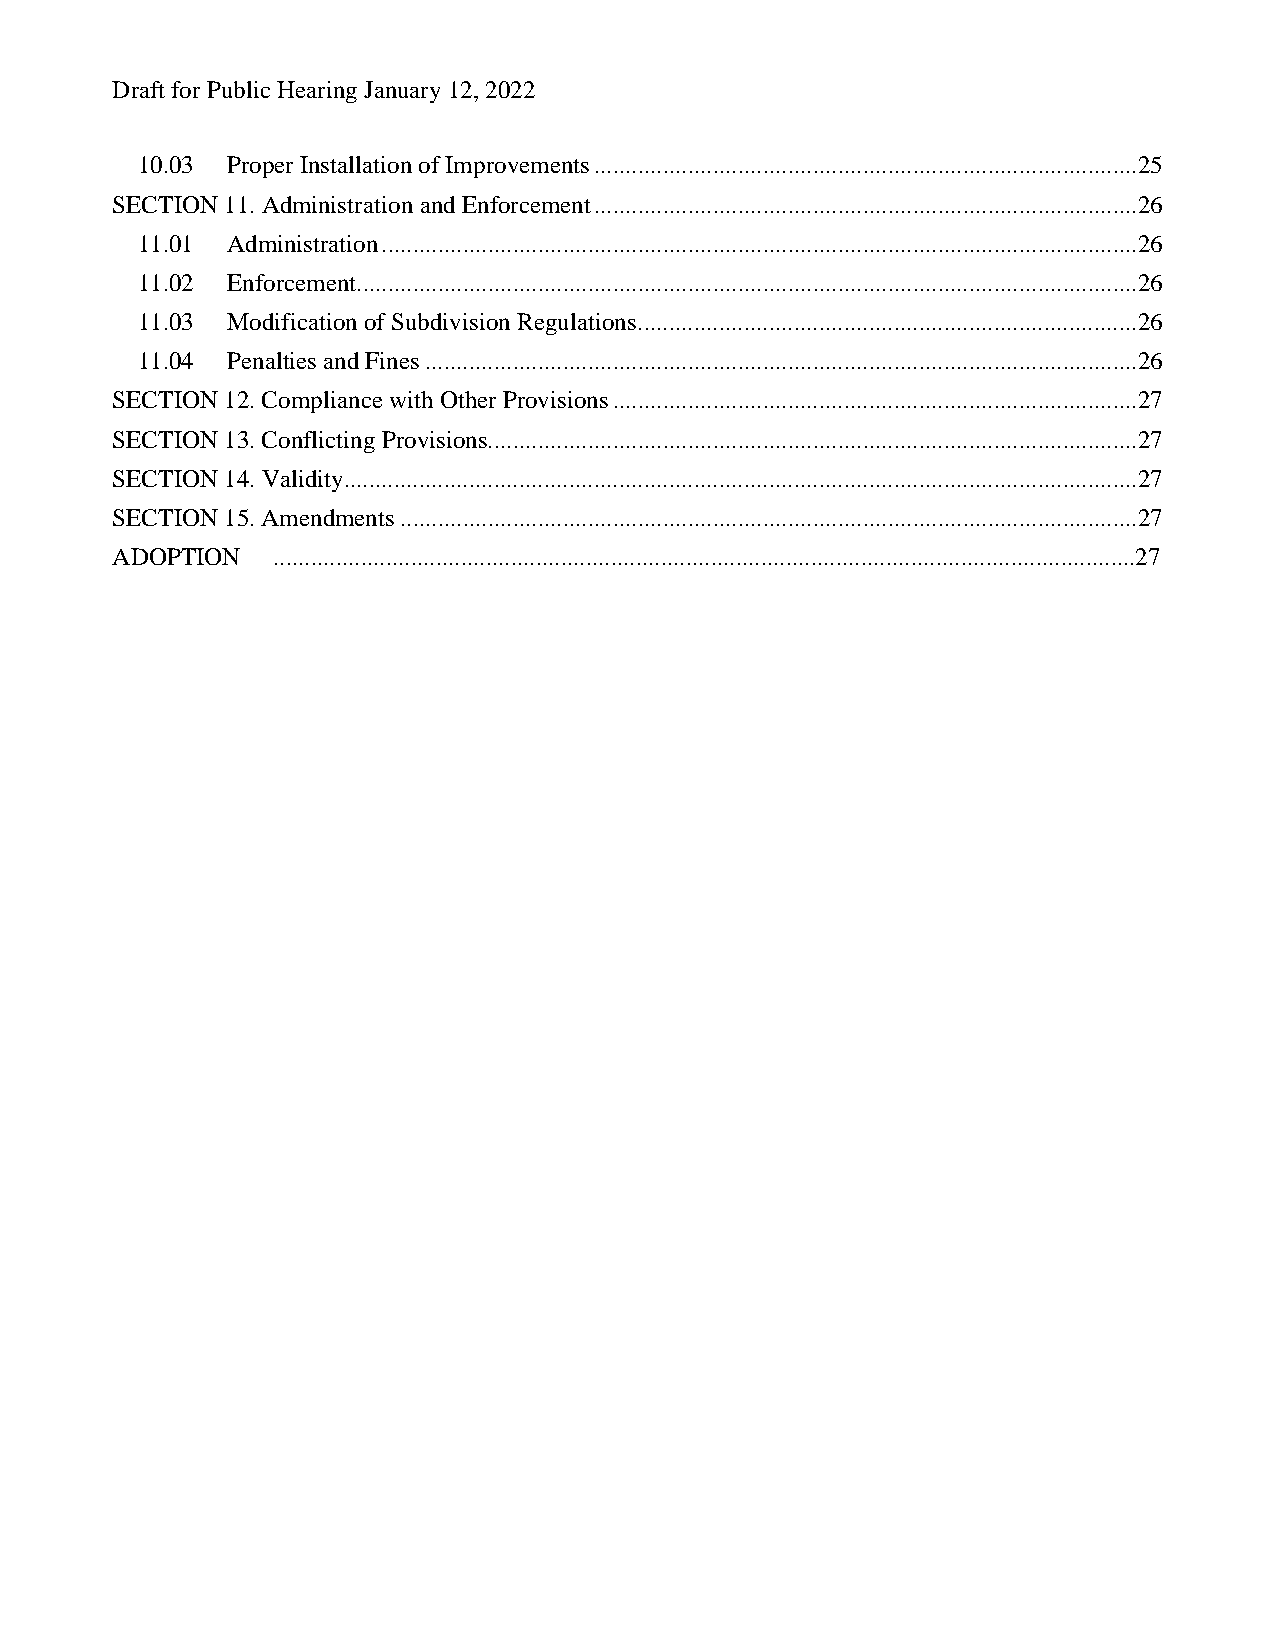
Draft for Public Hearing January 12, 2022
 10.03 Proper Installation of Improvements .......................................................................................25
 SECTION 11. Administration and Enforcement .......................................................................................26
 11.01 Administration .........................................................................................................................26
 11.02 Enforcement .............................................................................................................................26
 11.03 Modification of Subdivision Regulations ................................................................................26
 11.04 Penalties and Fines ..................................................................................................................26
 SECTION 12. Compliance with Other Provisions ....................................................................................27
 SECTION 13. Conflicting Provisions........................................................................................................27
 SECTION 14. Validity...............................................................................................................................27
 SECTION 15. Amendments ......................................................................................................................27
 ADOPTION   ..........................................................................................................................................27